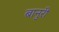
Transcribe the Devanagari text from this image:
बानुरी